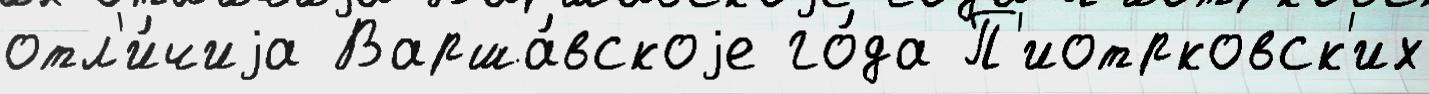
отл'и́чиjа Варша́вскоjе го́да П'иотрковск'их